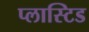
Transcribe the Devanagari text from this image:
प्लास्टिड